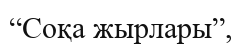
“Соқа жырлары”,